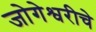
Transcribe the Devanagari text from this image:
जोगेश्वरीचे